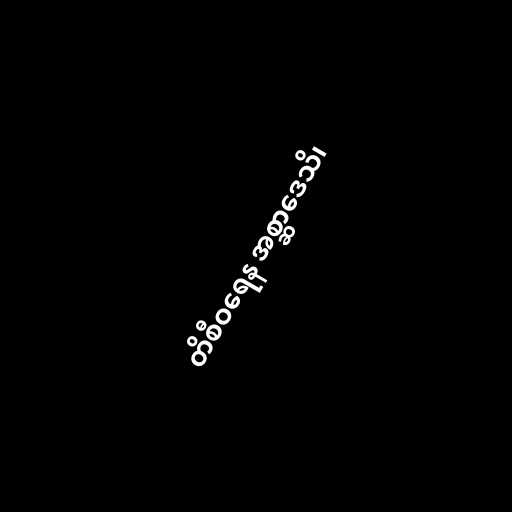
တိစီဝရေန အစ္ဆာဒေသိ၊